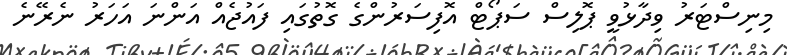
މިނިސްޓަރު ވިދާޅުވީ ޕޮލިސް ސަޕޯޓް އޮފިސަރުންގެ ގޮތުގައި ފައުޖެއް އަންނަ އަހަރު ނެރޭނެ